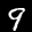
Label: 9